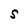
Character: S